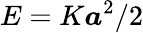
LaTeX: E=K\boldsymbol{a}^{2}/2